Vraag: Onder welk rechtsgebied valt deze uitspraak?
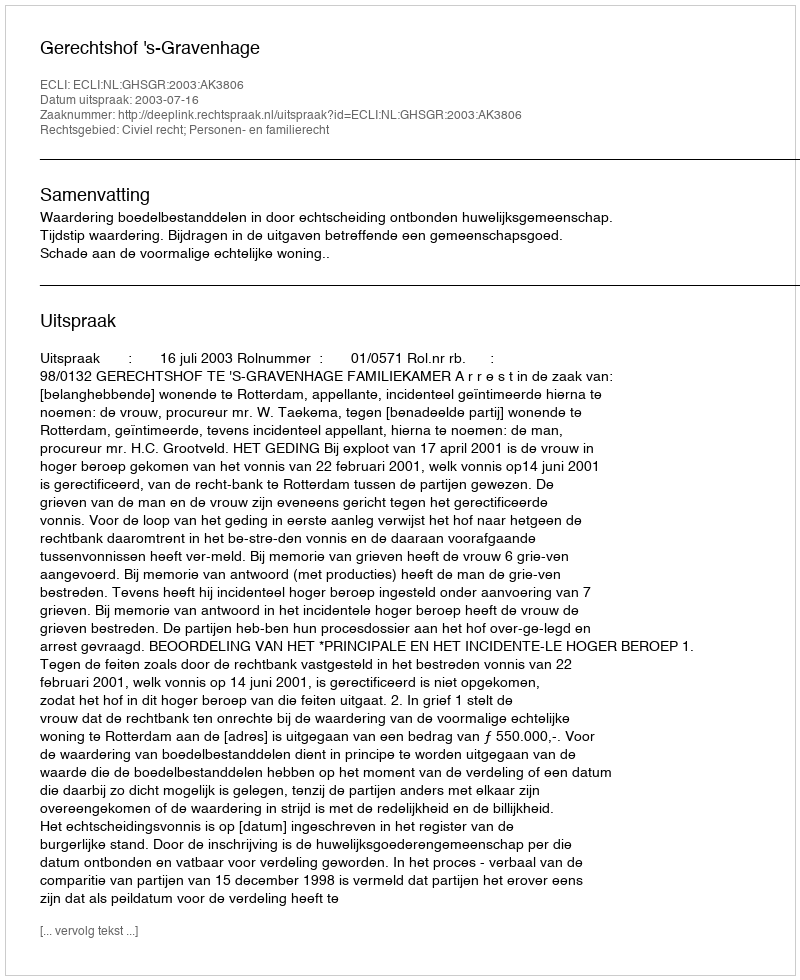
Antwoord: Civiel recht; Personen- en familierecht